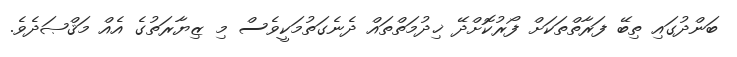
ބަންދުގައި ތިބޭ ފަރާތްތަކަށް ފޯރުކޮށްދޭ ޚިދުމަތްތައް ދެނެގަތުމަކީވެސް މި ޒިޔާރަތުގެ އެއް މަޤްޞަދެވެ.